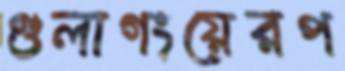
গুলাগংয়েরপ